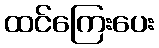
ထင်ကြေးပေး